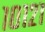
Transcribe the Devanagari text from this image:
१०१२१